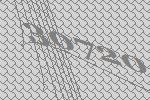
30720